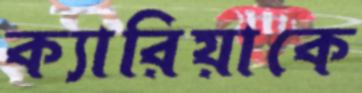
ক্যারিয়াকে